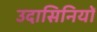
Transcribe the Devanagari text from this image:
उदासिनियों